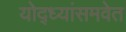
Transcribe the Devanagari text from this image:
योद्ध्यांसमवेत